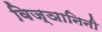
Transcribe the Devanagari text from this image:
विज्ञानिनी